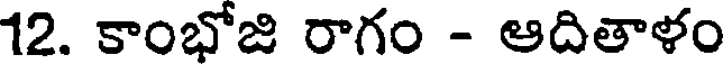
12. కాంభోజి రాగం - ఆదితాళం